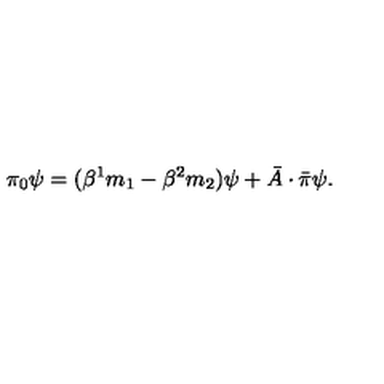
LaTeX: \pi _ { 0 } \psi = ( \beta ^ { 1 } m _ { 1 } - \beta ^ { 2 } m _ { 2 } ) \psi + \bar { A } \cdot \bar { \pi } \psi .